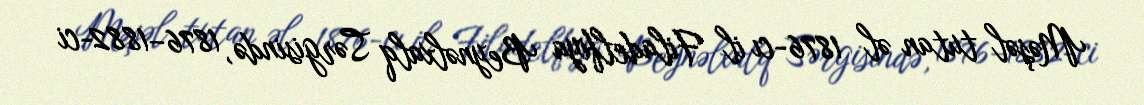
Məşəl tutan əl 1876-cı il Filadelfiya Beynəlxalq Sərgisində, 1876–1882-ci